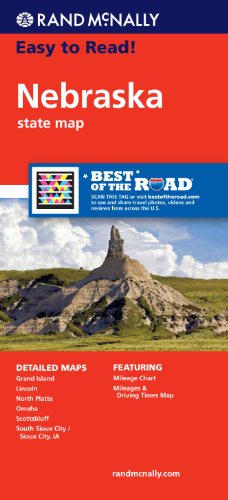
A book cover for Rand McNally Easy To Read: Nebraska State Map; Rand McNally; Travel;